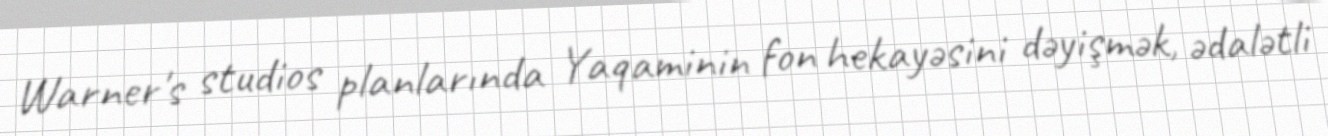
Warner's studios planlarında Yaqaminin fon hekayəsini dəyişmək, ədalətli